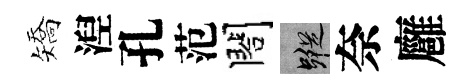
矯湼孔范閤蹤奈廱